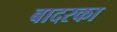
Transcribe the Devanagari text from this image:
बादरका